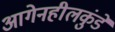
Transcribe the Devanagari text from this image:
आगेनहीलकुंडे